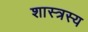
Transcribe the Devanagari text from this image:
शास्त्रस्य